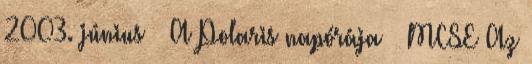
2003. június – A Polaris napórája – MCSE Az